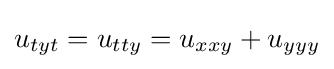
u_{tyt}=u_{tty}=u_{xxy}+u_{yyy}